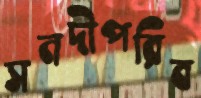
সনদীপরিব